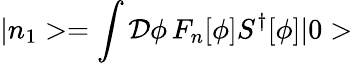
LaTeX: |n_{1}>=\int\mathcal{D}\phi\, F_{n}[\phi]S^{\dagger}[\phi]|0>